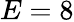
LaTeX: E=8